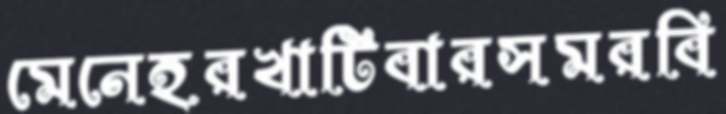
মেনেহরখাটিবারসমরবি